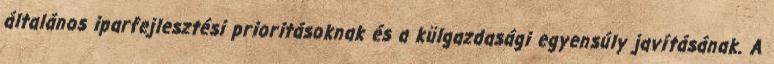
általános iparfejlesztési prioritásoknak és a külgazdasági egyensúly javításának. A